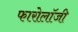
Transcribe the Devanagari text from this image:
फारोलॉजी